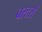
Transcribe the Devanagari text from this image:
बस्टर्स